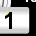
Digit: 1